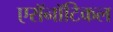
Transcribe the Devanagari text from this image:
एरॉनॉटिकल